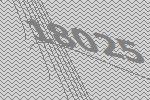
18025